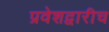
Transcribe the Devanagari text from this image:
प्रवेशद्वारीच